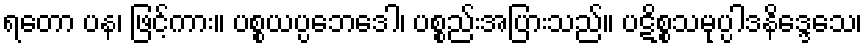
ရတော ပန၊ ဖြင့်ကား။ ပစ္စယပ္ပဘေဒေါ၊ ပစ္စည်းအပြားသည်။ ပဋိစ္စသမုပ္ပါဒနိဒ္ဒေသေ၊